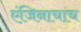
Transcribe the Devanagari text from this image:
एंजिनाचाच